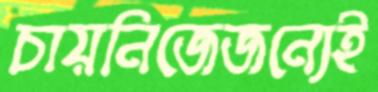
চায়নিজেজন্যেই